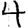
Digit: 4